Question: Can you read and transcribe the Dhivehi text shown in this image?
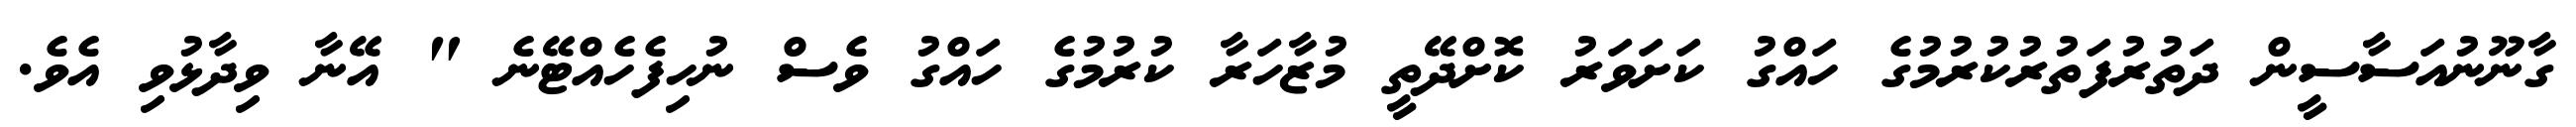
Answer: ގާނޫނުއަސާސީން ދަތުރުފަތުރުކުރުމުގެ ހައްގު ކަށަވަރު ކޮށްދޭތީ މުޒާހަރާ ކުރުމުގެ ހައްގު ވެސް ނުހިފެހެއްޓޭނެ " އޭނާ ވިދާޅުވި އެވެ.